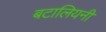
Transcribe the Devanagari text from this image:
बटालियनी